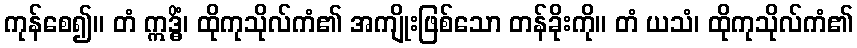
ကုန်စေ၍။ တံ ဣဒ္ဓိံ၊ ထိုကုသိုလ်ကံ၏ အကျိုးဖြစ်သော တန်ခိုးကို။ တံ ယသံ၊ ထိုကုသိုလ်ကံ၏